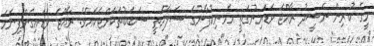
މީގެ ކުރިން ނަޝީދު ރާއްޖެ ވަޑައިނުގަތީ އެމނިކުފާނުގެ ސަލާމަތީ ސަބަބުތަކަށްޓަކައެވެ. ރާއްޖެ ވަޑައިގެންފިނަމަ